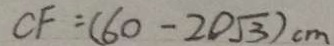
C F = ( 6 0 - 2 0 \sqrt { 3 } ) c m